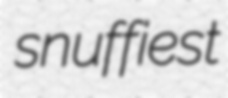
snuffiest